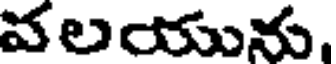
వలయును,